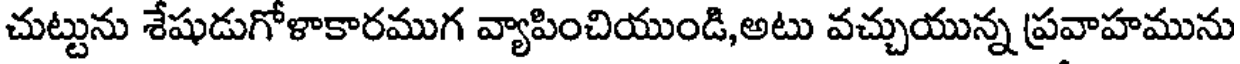
చుట్టును శేషుడుగోళాకారముగ వ్యాపించియుండి,అటు వచ్చుయున్న ప్రవాహమును